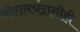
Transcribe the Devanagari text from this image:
श्रीरामचंद्रानीही